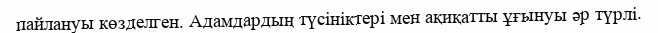
пайлануы көзделген. Адамдардың түсініктері мен ақиқатты ұғынуы әр түрлі.